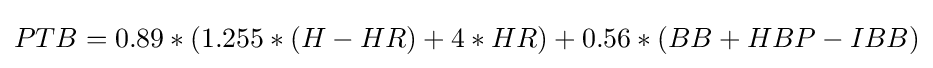
PTB=0.89*(1.255*(H-HR)+4*HR)+0.56*(BB+HBP-IBB)